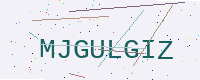
Text: MJGULGIZ